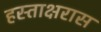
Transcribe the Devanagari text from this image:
हस्ताक्षरास